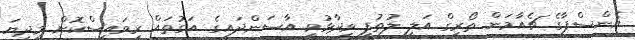
އެންސްޕާގެ ޗެއާމަން ތޯރިގް އަލީ ލުތުފީ ވިދާޅުވީ އާސަންދައިގެ އަގުތައް ރިވައިސްކޮށް މިދިޔަ